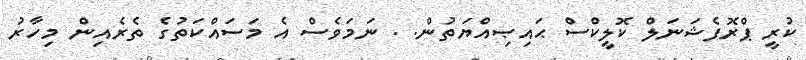
ކުރީ ޕްރޮފެޝަނަލް ކޮލީކްސް ޙައިޞިއްޔަތުން. . ނަމަވެސް އެ މަސައްކަތުގެ ތެރެއިން މިހާރު